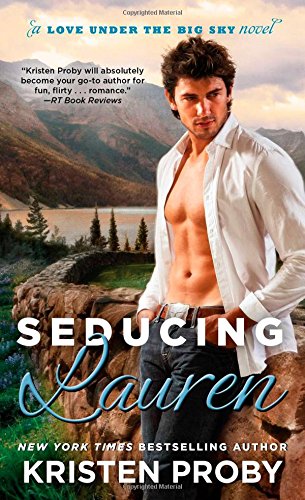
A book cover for Seducing Lauren (Love Under the Big Sky); Kristen Proby; Literature & Fiction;